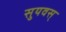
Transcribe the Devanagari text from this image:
सुयवस्